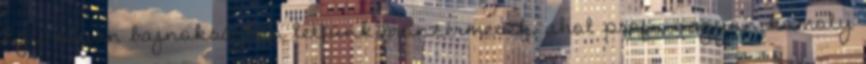
Egy olyan bajnokságban lettünk bronzérmesek, ahol profi, nagyon komoly